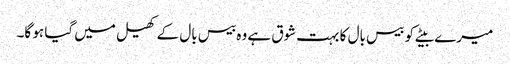
میرے بیٹے کو بیس بال کا بہت شوق ہے وہ بیس بال کے کھیل میں گیا ہو گا۔